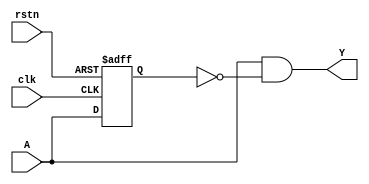
//===============================================
//
//	Version: v1.0
//
// 	This lib is used to detect level edge including:
// 	Positive edge detect;
// 	Negative edge detect;
// 	Both edge detect.
// 	
//===============================================

//===============================================
// Positive edge detect module
//===============================================
module posedge_detect
(
	input							clk,
	input							rstn,

	input							A,
	output						Y
);

reg									A_d;

assign Y = A & ~A_d;

always @(posedge clk or negedge rstn)
begin
	if(!rstn)
		A_d <= 1'd0;
	else
		A_d <= A;
end

endmodule

//===============================================
// Negative edge detect module
//===============================================
module negedge_detect
(
	input							clk,
	input							rstn,

	input							A,
	output						Y
);

reg									A_d;

assign Y = ~A & A_d;

always @(posedge clk or negedge rstn)
begin
	if(!rstn)
		A_d <= 1'd0;
	else
		A_d <= A;
end

endmodule

module edge_detect
(
	input							clk,
	input							rstn,

	input							A,
	output						Y
);

reg									A_d;

assign Y = A ^ A_d;

//===============================================
// Both edge detect module
//===============================================
always @(posedge clk or negedge rstn)
begin
	if(!rstn)
		A_d <= 1'd0;
	else
		A_d <= A;
end

endmodule